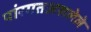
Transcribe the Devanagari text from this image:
पांरगतअसलेले